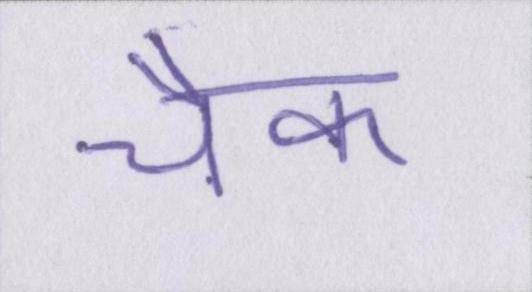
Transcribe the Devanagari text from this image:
चैक